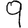
Digit: 9